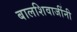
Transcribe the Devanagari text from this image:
बालशिवाजींनी